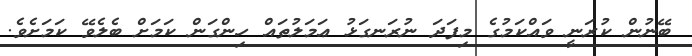
ބޭނުން ކުރަނީ ވައްކަމުގެ މިފަދަ ނުރަނގަޅު ޢަމަލުތައް ހިންގަން ކަމަށް ބެެލެވޭ ކަމަށެވެ.